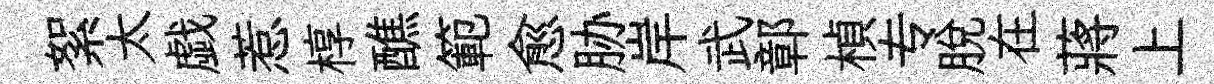
絮太戯惹椁醮範愈胁岸武鄣楨专脫在蔣上